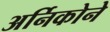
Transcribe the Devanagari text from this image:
अर्निकोने